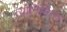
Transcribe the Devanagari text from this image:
त्‍यानिमित्‍त